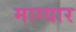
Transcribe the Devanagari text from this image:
माग्यार